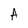
Character: A